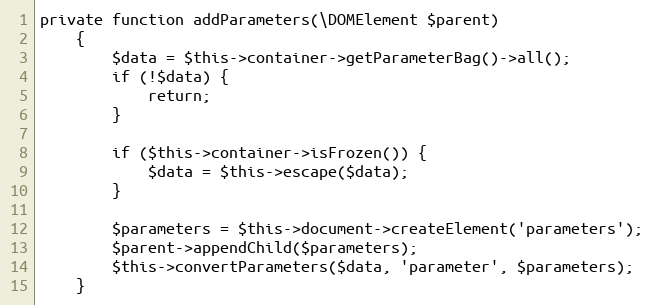
Language: PHP
private function addParameters(\DOMElement $parent)
    {
        $data = $this->container->getParameterBag()->all();
        if (!$data) {
            return;
        }

        if ($this->container->isFrozen()) {
            $data = $this->escape($data);
        }

        $parameters = $this->document->createElement('parameters');
        $parent->appendChild($parameters);
        $this->convertParameters($data, 'parameter', $parameters);
    }